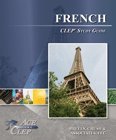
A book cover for CLEP French Study Guide; Ace The CLEP; Test Preparation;